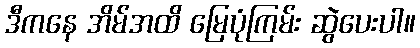
ဒီကနေ အိမ်အထိ မြေပုံကြမ်း ဆွဲပေးပါ။